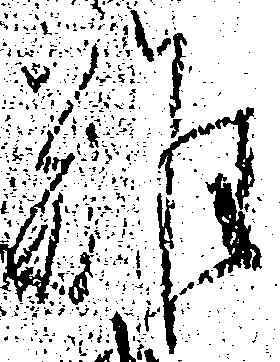
難